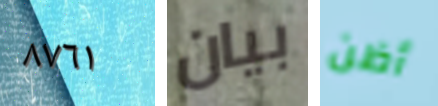
٨٧٦١ بيان أظن